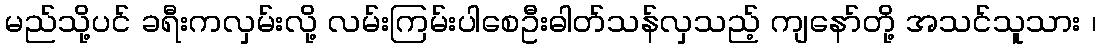
မည်သို့ပင် ခရီးကလှမ်းလို့ လမ်းကြမ်းပါစေဦးဓါတ်သန်လှသည့် ကျနော်တို့ အသင်သူသား ၊